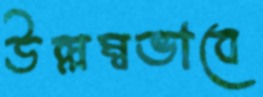
উল্লম্বভাবে